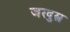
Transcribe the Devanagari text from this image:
जरदुश्त्र